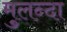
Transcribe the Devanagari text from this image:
मुलन्दा